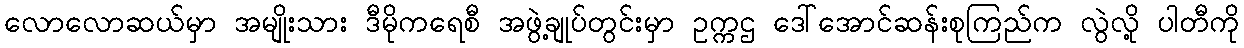
လောလောဆယ်မှာ အမျိုးသား ဒီမိုကရေစီ အဖွဲ့ချုပ်တွင်းမှာ ဥက္ကဌ ဒေါ်အောင်ဆန်းစုကြည်က လွဲလို့ ပါတီကို